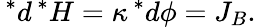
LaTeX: \, ^{*}d\, ^{*}H=\kappa\, ^{*}d\phi=J_{B}.